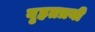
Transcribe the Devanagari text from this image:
वृहतत्रयी